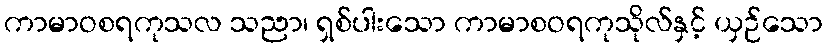
ကာမာဝစရကုသလ သညာ၊ ရှစ်ပါးသော ကာမာစဝရကုသိုလ်နှင့် ယှဉ်သော